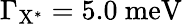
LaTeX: \Gamma_{\mathrm{{X^{*}}}}=5.0~\mathrm{{meV}}